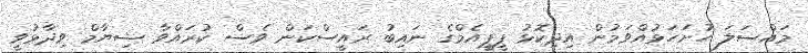
މައްސަލަ ހުށަހަޅުއްވަމުން އިދިކޮޅު ޕީޕީއެމްގެ ނައިބު ރައީސްކަން ވެސް ކުރައްވާ ޝިޔާމް ވިދާޅުވީ